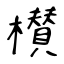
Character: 櫕